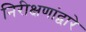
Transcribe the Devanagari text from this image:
निरीक्षणांद्वारे